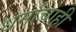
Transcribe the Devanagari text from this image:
धर्मांचाही